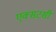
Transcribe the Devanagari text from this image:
एक्सटसी